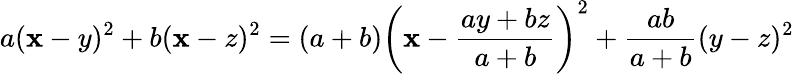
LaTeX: a(\mathbf{x}-y)^{2}+b(\mathbf{x}-z)^{2}=(a+b)\left(\mathbf{x}-{\frac{{ay+bz}}{{a+b}}}\right)^{2}+{\frac{{ab}}{{a+b}}}(y-z)^{2}